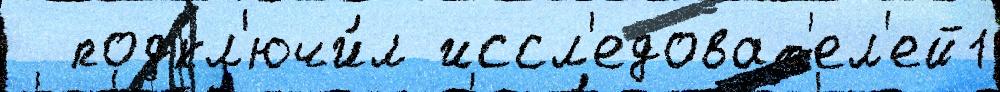
  подкл'ючи́л иссл'едоват'ел'ей1